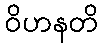
ဝိဟနတိ